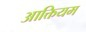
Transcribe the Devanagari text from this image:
आक्तियम